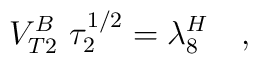
V^B_{T2}\ \tau_2^{1/2}= \lambda_8^H\quad,